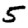
Digit: 5